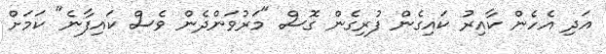
އަދި އެހެން ކާއިރު ކައިގެން ފުރިގެން ގޮސް "މަރުވަންދެން ވެސް ކައިފާނެ" ކަމަށް